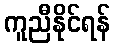
ကူညီနိုင်ရန်